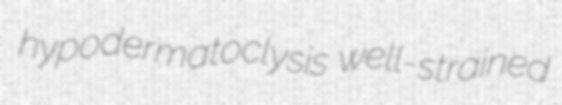
hypodermatoclysis well-strained